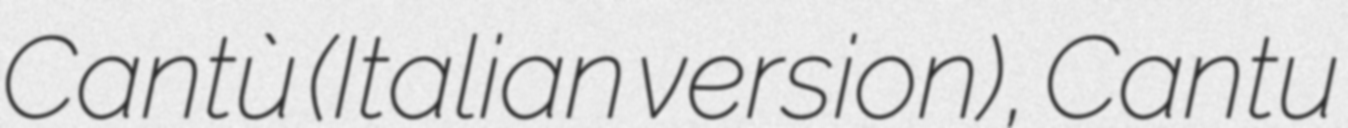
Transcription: Cantù (Italian version), Cantu